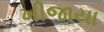
ખીજાયા